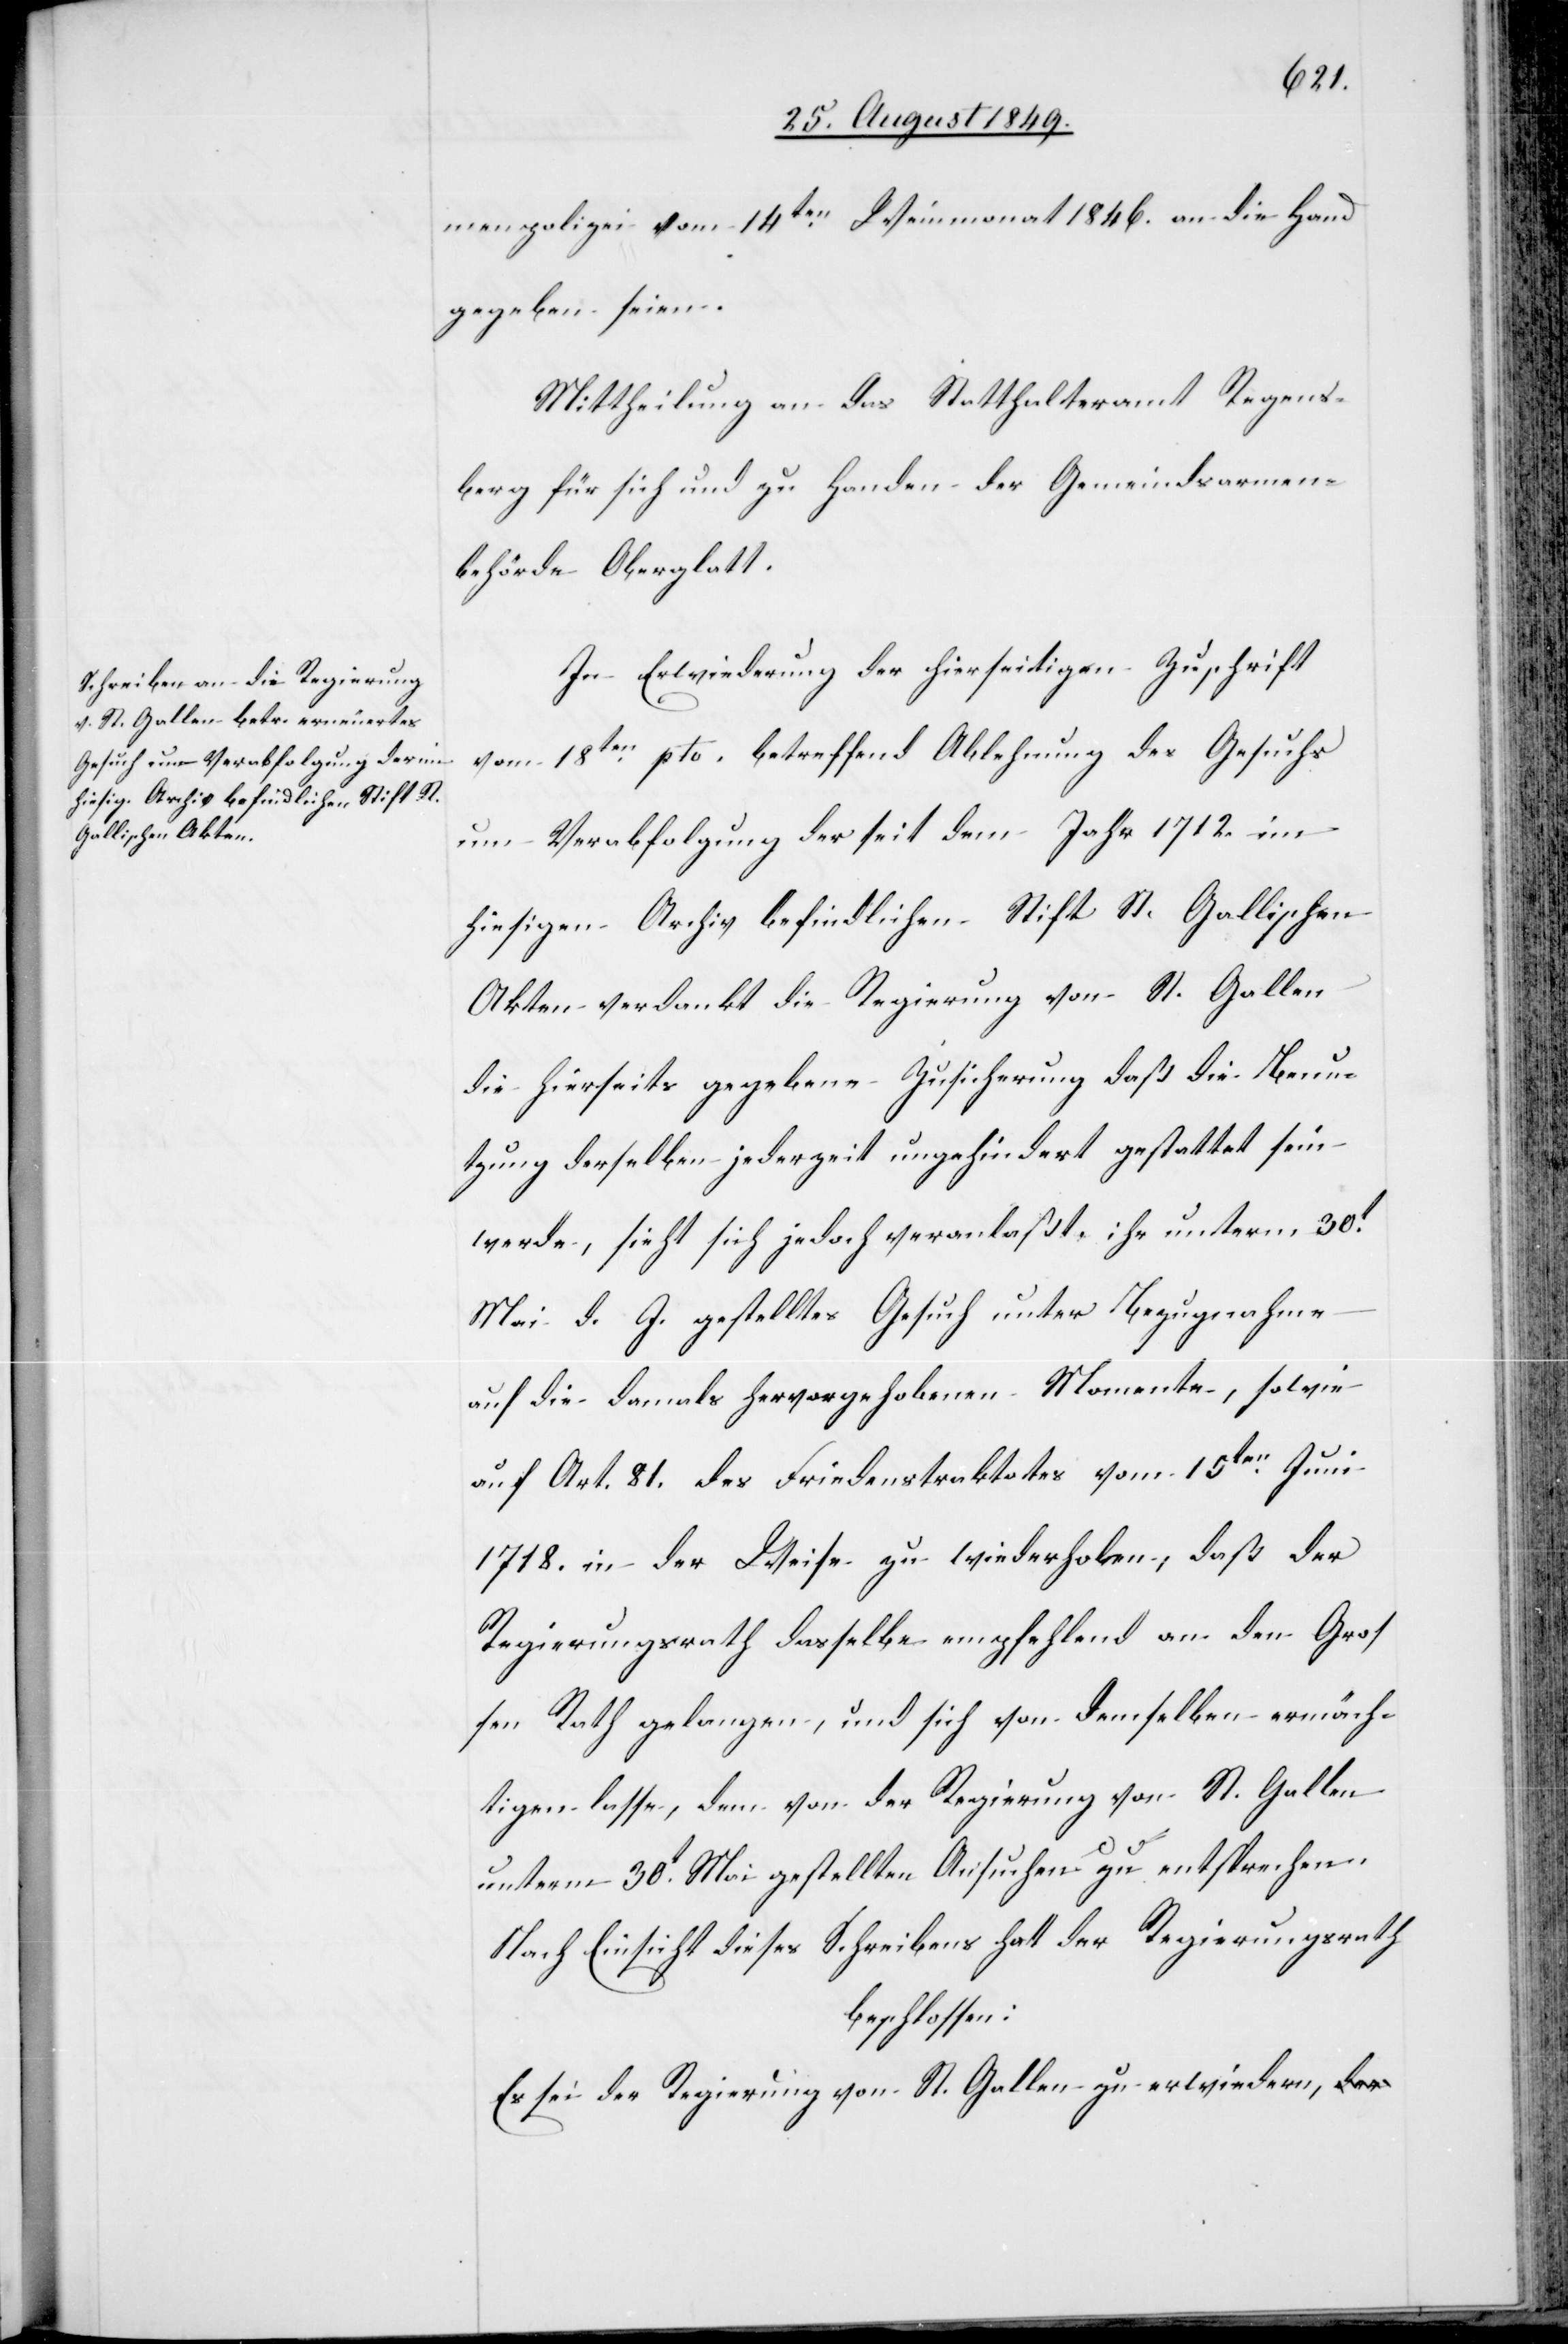
menpolizei vom 14ten Weinmonat 1846. an die Hand
gegeben seien.
Mittheilung an das Statthalteramt Regens¬
berg für sich und zu Handen der Gemeindsarmen¬
behörde Oberglatt.
In Erwiederung der hierseitigen Zuschrift
vom 18ten pto. betreffend Ablehnung des Gesuchs
um Verabfolgung der seit dem Jahr 1712. im
hiesigen Archiv befindlichen Stift St. Gallischen
Akten verdankt die Regierung von St. Gallen
die hierseits gegebene Zusicherung daß die Benu¬
tzung derselben jederzeit ungehindert gestattet sein
werde, sieht sich jedoch veranlaßt, ihr unterm 30t
Mai d. J. gestelltes Gesuch unter Bezugnahme
auf die damals hervorgehobenen Momente, sowie
auf Art. 81. des Friedenstraktates vom 15ten Juni
1718. in der Weise zu wiederholen, daß der
Regierungsrath dasselbe empfehlend an den Gros¬
sen Rath gelangen, und sich von demselben ermäch¬
tigen lasse, dem von der Regierung von St. Gallen
unterm 30t Mai gestellten Ansuchen zu entsprechen.
Nach Einsicht dieses Schreibens hat der Regierungsrath
beschlossen:
Es sei der Regierung von St. Gallen zu erwiedern,